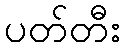
ပတ်တီး